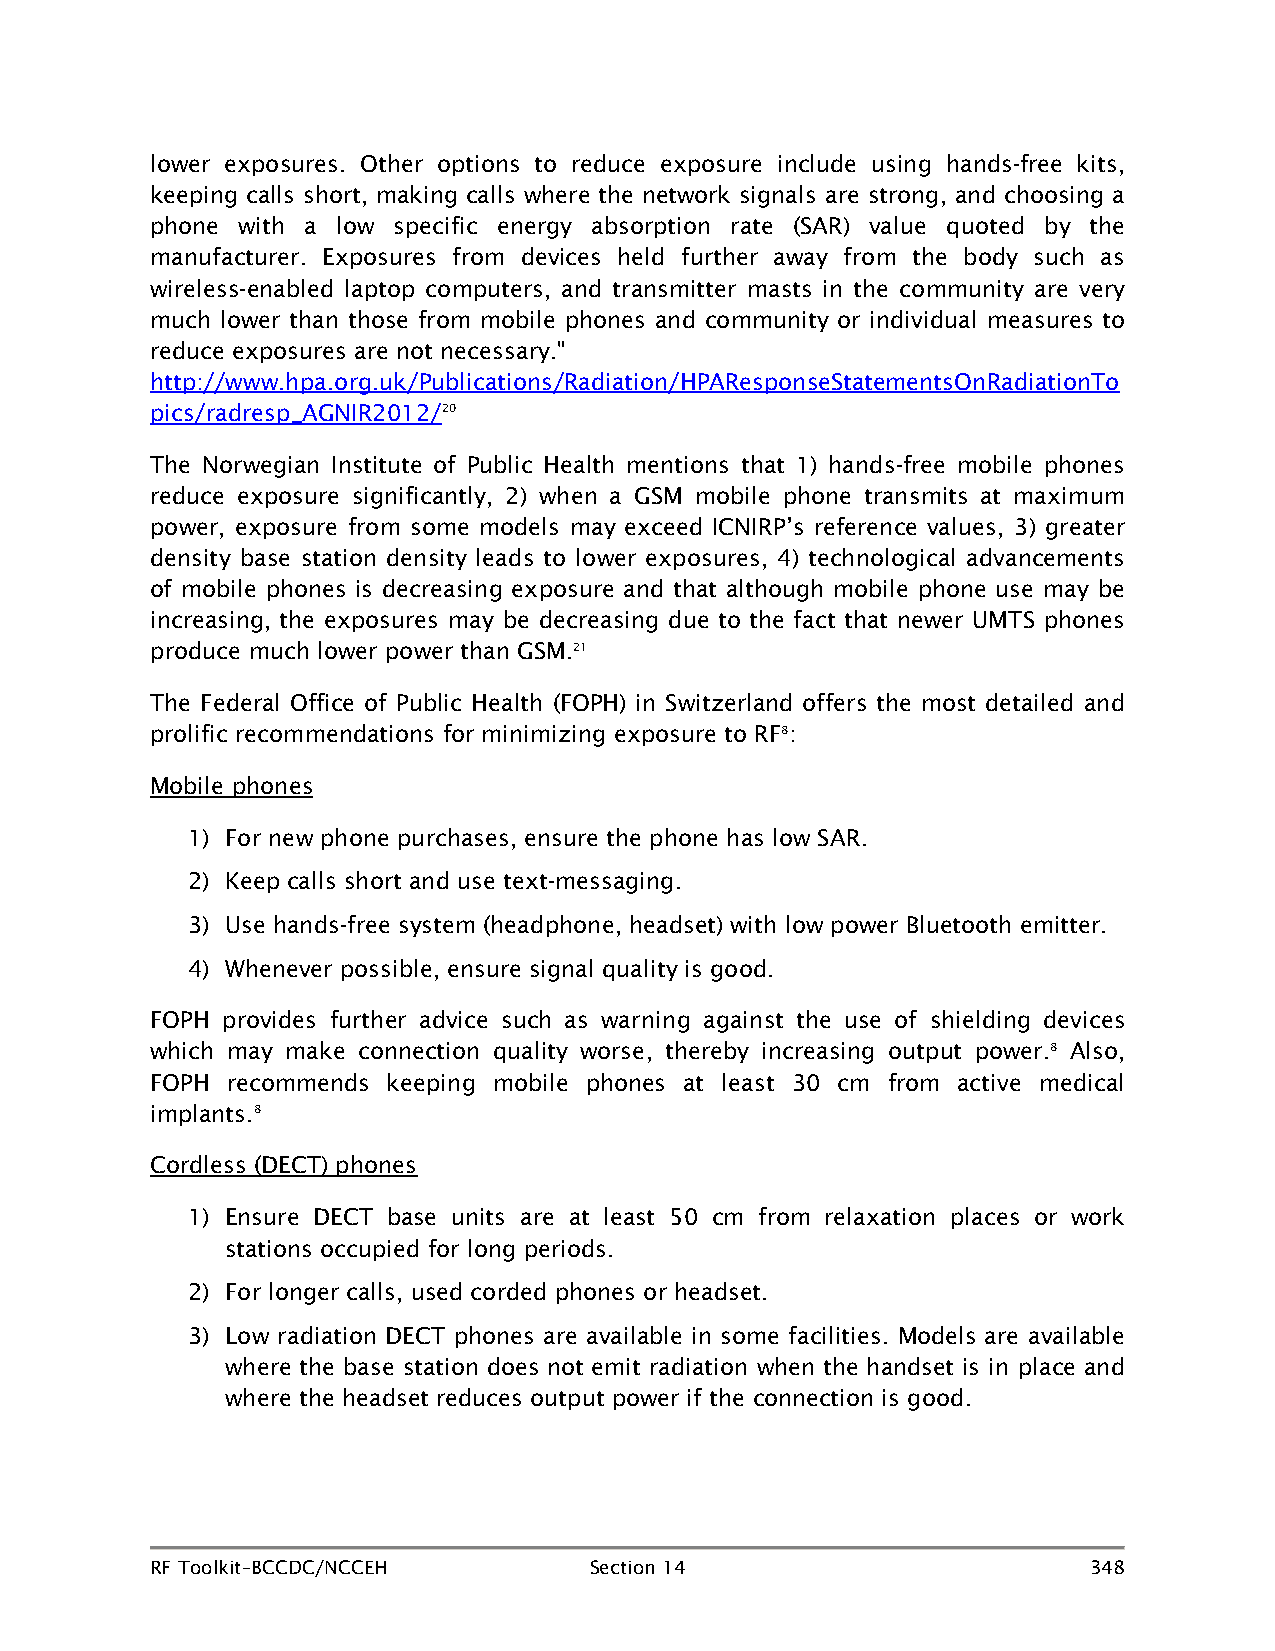
lower exposures. Other options to reduce exposure include using hands-free kits,
 keeping calls short, making calls where the network signals are strong, and choosing a
 phone with a low specific energy absorption rate (SAR) value quoted by the
 manufacturer. Exposures from devices held further away from the body such as
 wireless-enabled laptop computers, and transmitter masts in the community are very
 much lower than those from mobile phones and community or individual measures to
 reduce exposures are not necessary."
 http://www.hpa.org.uk/Publications/Radiation/HPAResponseStatementsOnRadiationTo
 pics/radresp_AGNIR2012/20
 The Norwegian Institute of Public Health mentions that 1) hands-free mobile phones
 reduce exposure significantly, 2) when a GSM mobile phone transmits at maximum
 power, exposure from some models may exceed ICNIRP’s reference values, 3) greater
 density base station density leads to lower exposures, 4) technological advancements
 of mobile phones is decreasing exposure and that although mobile phone use may be
 increasing, the exposures may be decreasing due to the fact that newer UMTS phones
 produce much lower power than GSM.21
 The Federal Office of Public Health (FOPH) in Switzerland offers the most detailed and
 prolific recommendations for minimizing exposure to RF8:
 Mobile phones
 1) For new phone purchases, ensure the phone has low SAR.
 2) Keep calls short and use text-messaging.
 3) Use hands-free system (headphone, headset) with low power Bluetooth emitter.
 4) Whenever possible, ensure signal quality is good.
 FOPH provides further advice such as warning against the use of shielding devices
 which may make connection quality worse, thereby increasing output power.8 Also,
 FOPH recommends keeping mobile phones at least 30 cm from active medical
 implants.8
 Cordless (DECT) phones
 1) Ensure DECT base units are at least 50 cm from relaxation places or work
 stations occupied for long periods.
 2) For longer calls, used corded phones or headset.
 3) Low radiation DECT phones are available in some facilities. Models are available
 where the base station does not emit radiation when the handset is in place and
 where the headset reduces output power if the connection is good.
 RF Toolkit–BCCDC/NCCEH       Section 14                       348